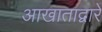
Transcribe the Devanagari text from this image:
आखाताद्वारे